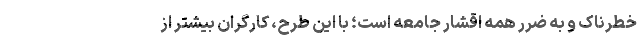
خطرناک و به ضرر همه اقشار جامعه است؛ با این طرح، کارگران بیشتر از